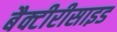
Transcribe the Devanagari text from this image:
बैक्टीरीसाइड